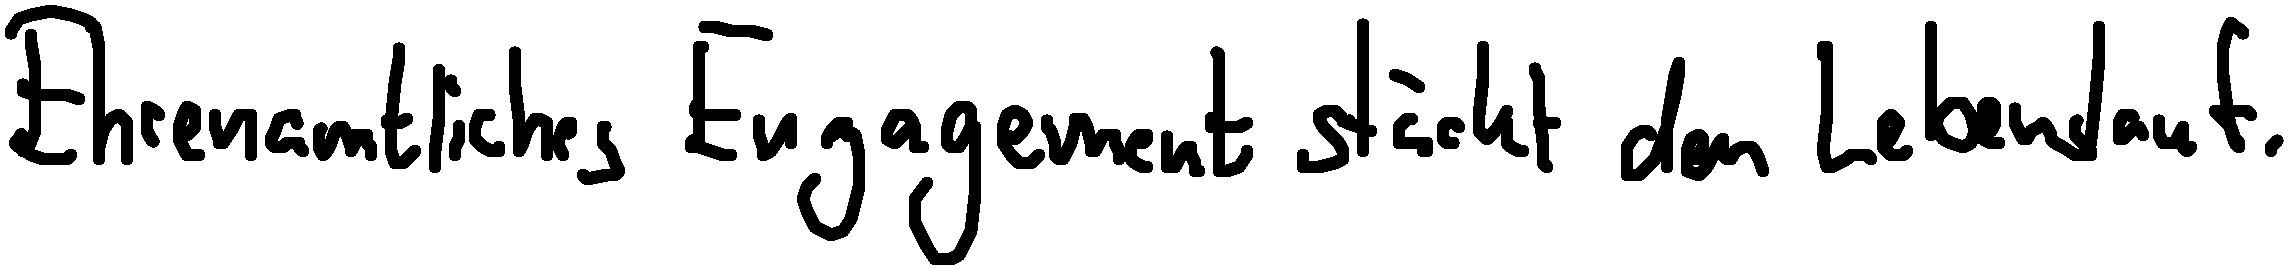
Ehrenamtliches Engagement stärkt den Lebenslauf.